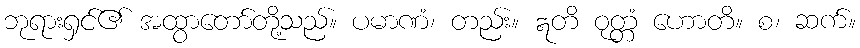
ဘုရားရှင်၏ အထွာတော်တို့သည်။ ပမာဏံ၊ တည်း။ ဣတိ ဝုတ္တံ ဟောတိ။ စ၊ ဆက်။